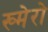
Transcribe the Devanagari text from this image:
ख्मेरो